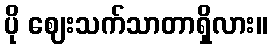
ပို ဈေးသက်သာတာရှိလား။